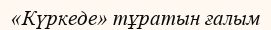
«Күркеде» тұратын ғалым